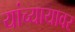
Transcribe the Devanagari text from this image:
यांच्यायावर